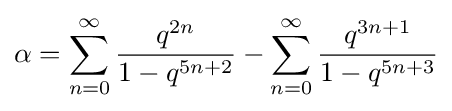
\alpha =\sum _{n=0}^{\infty }{\frac {q^{2n}}{1-q^{5n+2}}}-\sum _{n=0}^{\infty }{\frac {q^{3n+1}}{1-q^{5n+3}}}